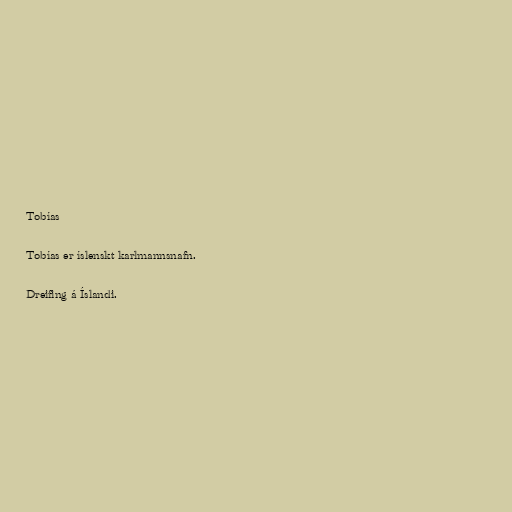
Tobías

Tobías er íslenskt karlmannsnafn.

Dreifing á Íslandi.